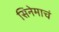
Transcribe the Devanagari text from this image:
सिनेमाचं